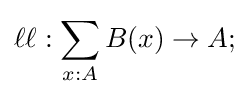
\ell \ell :\sum _{x:A}B(x)\to A;